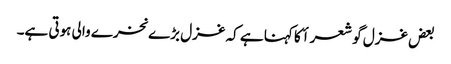
بعض غزل گو شعرأ کا کہنا ہے کہ غزل بڑے نخرے والی ہوتی ہے۔